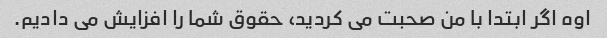
اوه اگر ابتدا با من صحبت می کردید، حقوق شما را افزایش می دادیم.